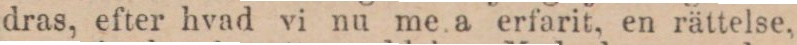
dras, efter hvad vi nu me a erfarit, en rättelse,